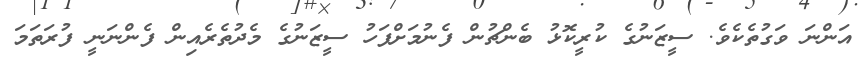
އަންނަ ވަގުތެކެވެ. ސީޒަނުގެ ކުރީކޮޅު ބެންޗުން ފެނުމަށްފަހު ސީޒަނުގެ މެދުތެރެއިން ފެންނަނީ ފުރަތަމަ